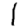
Digit: 1